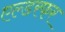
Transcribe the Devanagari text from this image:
एल्डरफर